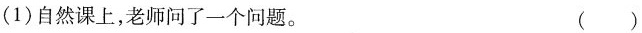
(1) 自然课上，老师问了一个问题。 ( )